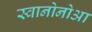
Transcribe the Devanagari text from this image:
स्वानोनोआ